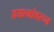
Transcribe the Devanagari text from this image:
प्रयत्‍नांवरून